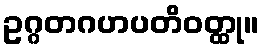
ဥဂ္ဂတဂဟပတိဝတ္ထု။